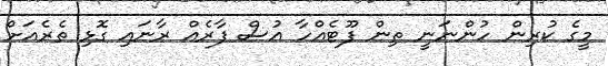
މީގެ ކުރިން ހުންނަނީ ތިން ފޫޓެއްހާ އުސް ފާރެއް ރާނައި ގޮޅި ތެރެއަށް